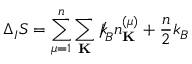
\Delta _ { I } S = \sum _ { \mu = 1 } ^ { n } \sum _ { \bf K } { \slash \! \! \! k } _ { \! { B } } n _ { \bf K } ^ { ( \mu ) } + \frac { n } { 2 } k _ { B }